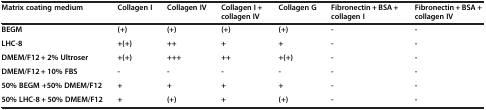
| Matrix coating medium | Collagen I | Collagen IV | Collagen I + collagen IV | Collagen G | Fibronectin + BSA + collagen I | Fibronectin + BSA + collagen IV |
 | --- | --- | --- | --- | --- | --- | --- |
 | BEGM | (+) | (+) | (+) | (+) | - | - |
 | LHC-8 | +(+) | ++ | + | + | - | - |
 | DMEM/F12 + 2% Ultroser | +(+) | +++ | ++ | +(+) | - | - |
 | DMEM/F12 + 10% FBS | - | - | - | - | - | - |
 | 50% BEGM +50% DMEM/F12 | + | + | + | + | - | - |
 | 50% LHC-8 + 50% DMEM/F12 | + | (+) | + | (+) | - | - |